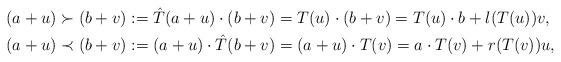
LaTeX: \begin{gather*}(a+u) \succ (b+v) :=\hat T(a+u) \cdot (b+v)=T(u)\cdot (b+v)=T(u)\cdot b+l(T(u)) v, \\(a+u) \prec (b+v) := (a+u) \cdot \hat T(b+v)=(a+u)\cdot T(v)=a\cdot T(v)+ r(T(v)) u,\end{gather*}